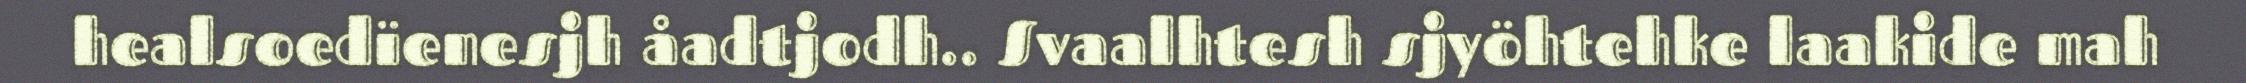
healsoedïenesjh åadtjodh.. Svaalhtesh sjyöhtehke laakide mah